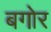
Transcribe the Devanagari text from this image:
बगोर